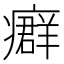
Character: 𤺽